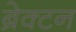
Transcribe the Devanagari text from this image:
ब्रेक्टन